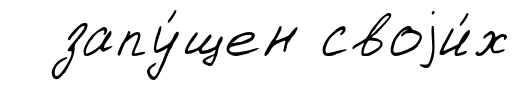
запу́щен своjи́х